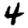
Digit: 4